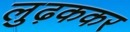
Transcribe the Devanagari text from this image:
लुढ़ककर